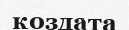
қоздата